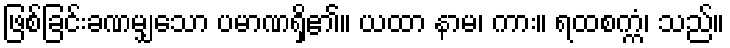
ဖြစ်ခြင်းခဏမျှသော ပမာဏရှိ၏။ ယထာ နာမ၊ ကား။ ရထစက္ကံ၊ သည်။